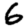
Digit: 6